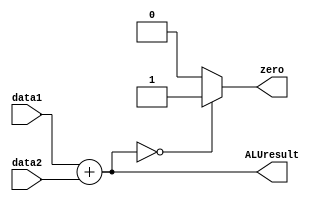
`timescale 1ns / 1ps
//////////////////////////////////////////////////////////////////////////////////
// Company: 
// Engineer: 
// 
// Design Name: 
// Module Name:    execute 
// Project Name: 
// Target Devices: 
// Tool versions: 
// Description: 
//
// Dependencies: 
//
// Revision: 
// Revision 0.01 - File Created
// Additional Comments: 
//
//////////////////////////////////////////////////////////////////////////////////
module execute(
    input [7:0] data1,
    input [7:0] data2,
//    input [2:0] ALUctrl,
    output [7:0] ALUresult,
    output zero
    );
	 
assign ALUresult = data1+data2;
assign zero = (ALUresult==0)?(1'b1):(1'b0);

endmodule